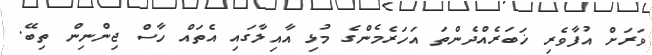
ވަރަށް އުފާވެރި ޚަބަރެއްދެންތަ އަހަރެމެންގެ މުޅި އާއިލާގައި އެތައް ހާސް ޖިންނިން ތިބޭ.